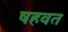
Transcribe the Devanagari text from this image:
षहवत